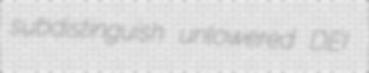
subdistinguish unlowered DEI